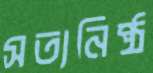
সত্যনিষ্ঠ